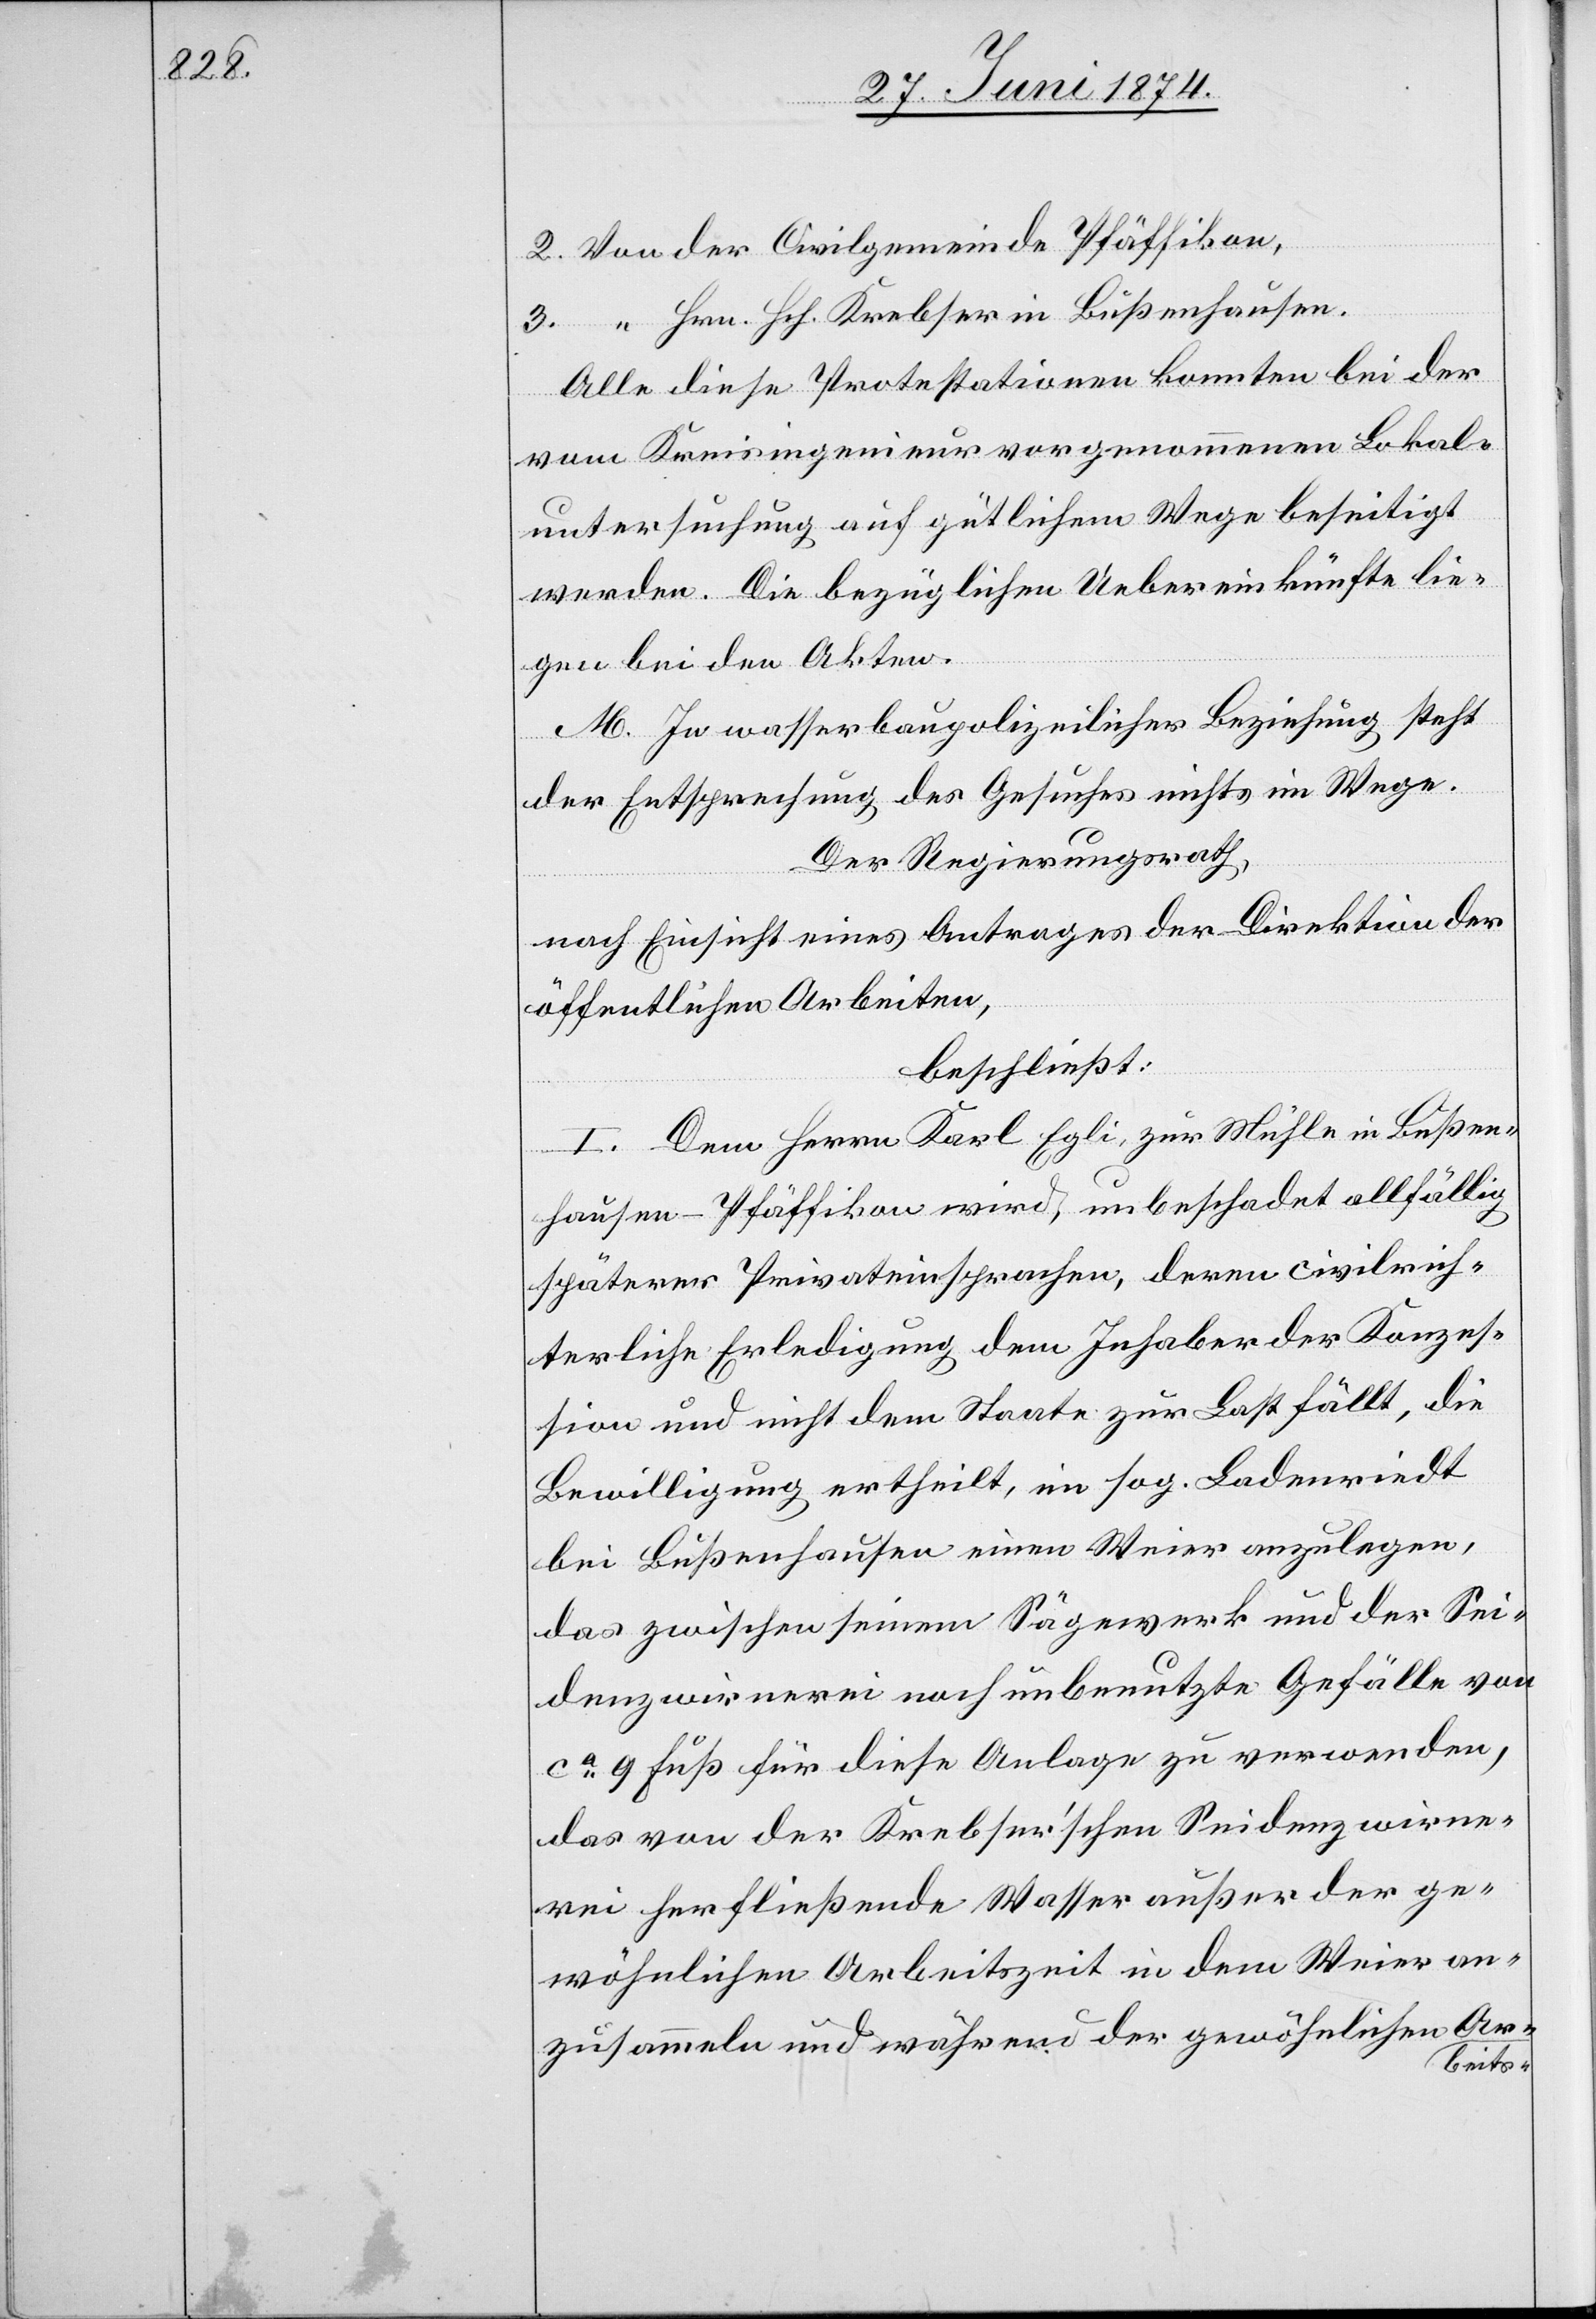
2. Von der Civilgemeinde Pfäffikon,
3. “ Hrn. Hch. Krebser in Bußenhausen.
Alle diese Protestationen konnten bei der
vom Kreisingenieur vorgenommenen Lokal¬
untersuchung auf gütlichem Wege beseitigt
werden. Die bezüglichen Uebereinkünfte lie¬
gen bei den Akten.
M. In wasserbaupolizeilicher Beziehung steht
der Entsprechung des Gesuches nichts im Wege.
der Regierungsrath,
nach Einsicht eines Antrages der Direktion der
öffentlichen Arbeiten,
beschließt:
I. Dem Herrn Karl Egil, zur Mühle in Bußen¬
hausen-Pfäffikon wird, unbeschadet allfällig
späterer Privateinsprachen, deren civilrich¬
terliche Erledigung dem Inhaber der Konzes¬
sion und nicht dem Staate zur Last fällt, die
Bewilligung ertheilt, im sog. Badenriedt
bei Bußenhausen einen Weier anzulegen,
das zwischen seinem Sägewerk und der Sei¬
denzwirnerei noch unbenutzte Gefälle von
ca 9 Fuß für diese Anlage zu verwenden,
das von der Krebser’schen Seidenzwirne¬
rei herfließende Wasser außer der ge¬
wöhnlichen Arbeitszeit in dem Weier an¬
zusammeln und während der gewöhnlichen Ar¬
beits-